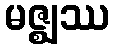
မဇ္ဈဿ